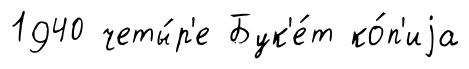
1940 четы́р'е Бук'е́т ко́п'иjа